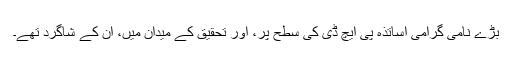
بڑے نامی گرامی اساتذہ پی ایچ ڈی کی سطح پر، اور تحقیق کے میدان میں، ان کے شاگرد تھے۔